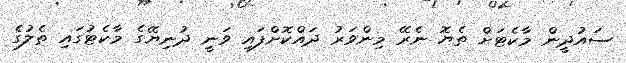
ސައުދީން މާކެޓަށް ތެޔޮ ނެރޭ މިންވަރު ދައްކޮށްފައި ވަނީ ދުނިޔޭގެ މާކެޓުގައި ތެލުގެ